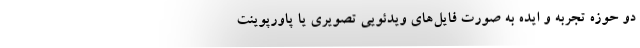
دو حوزه تجربه و ایده به صورت فایل‌های ویدئویی تصویری یا پاورپوینت